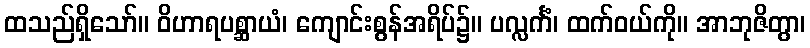
ထသည်ရှိသော်။ ဝိဟာရပစ္ဆာယံ၊ ကျောင်းစွန်အရိပ်၌။ ပလ္လင်္ကံ၊ ထက်ဝယ်ကို။ အာဘုဇိတွာ၊